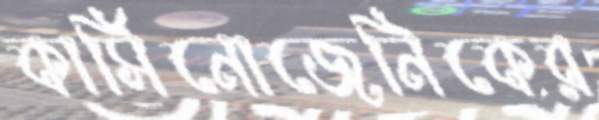
কার্সিনোজেনিকের